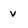
Character: v